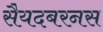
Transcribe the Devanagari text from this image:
सैयदबरनस